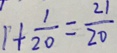
1 + \frac { 1 } { 2 0 } = \frac { 2 1 } { 2 0 }